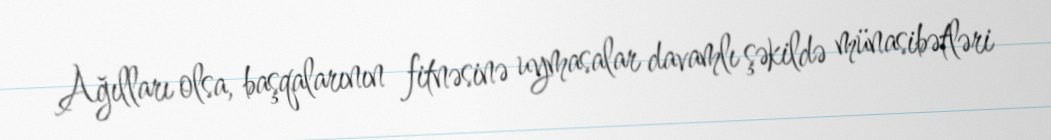
Ağılları olsa, başqalarının fitnəsinə uymasalar davamlı şəkildə münasibətləri